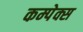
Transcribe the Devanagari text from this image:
कम्पेक्स